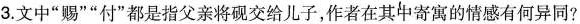
3.文中”赐””付”都是指父亲将砚交给儿子，作者在其中寄寓的情感有何异同?